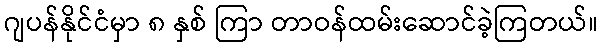
ဂျပန်နိုင်ငံမှာ ၈ နှစ် ကြာ တာဝန်ထမ်းဆောင်ခဲ့ကြတယ်။